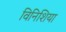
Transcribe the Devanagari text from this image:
विनिशिया